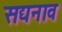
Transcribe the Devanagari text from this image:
सद्यनाव